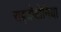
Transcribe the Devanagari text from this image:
राइजोटोनिया